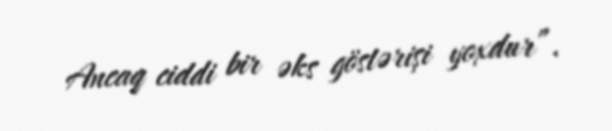
Ancaq ciddi bir əks göstərişi yoxdur”.